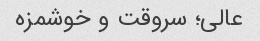
عالی؛ سروقت و خوشمزه